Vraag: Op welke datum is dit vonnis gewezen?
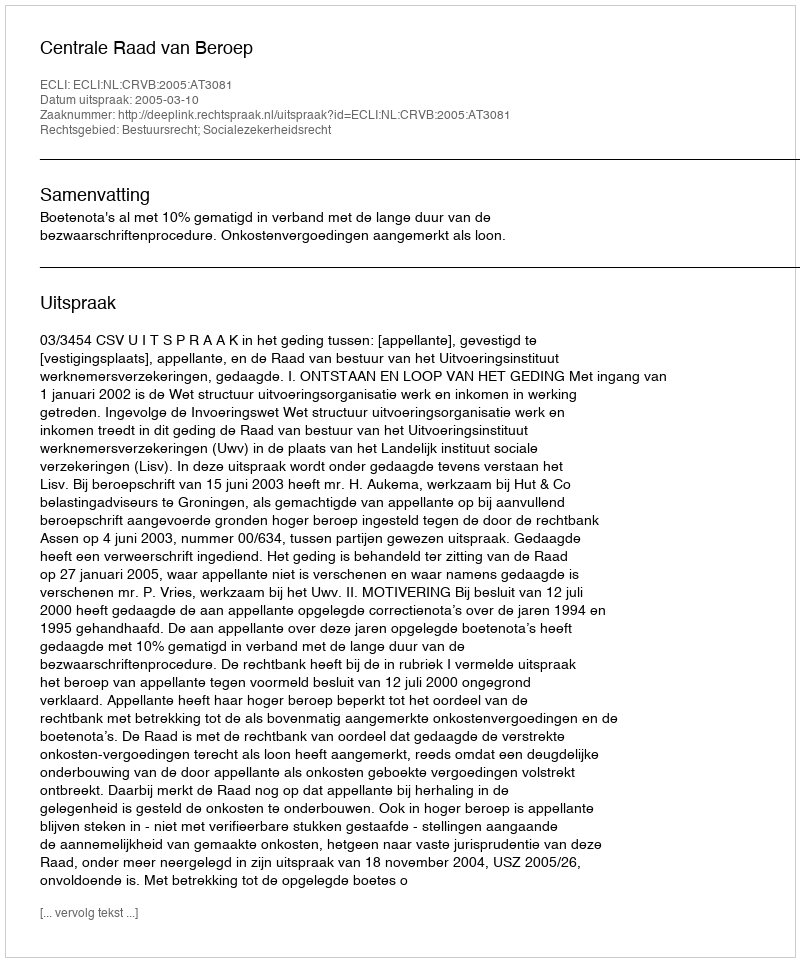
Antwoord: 2005-03-10